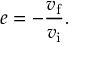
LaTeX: e = - { \frac { v _ { \mathrm { f } } } { v _ { \mathrm { i } } } } .